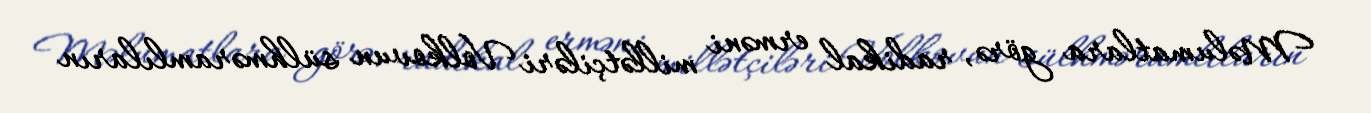
Məlumatlara görə, radikal erməni millətçiləri Volkovun sülhməramlıların